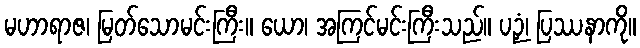
မဟာရာဇ၊ မြတ်သောမင်းကြီး။ ယော၊ အကြင်မင်းကြီးသည်။ ပဉှံ၊ ပြဿနာကို။